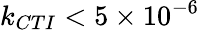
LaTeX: k_{CTI}<5\times 10^{-6}